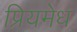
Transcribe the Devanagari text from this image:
प्रियमेध